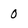
Character: 0